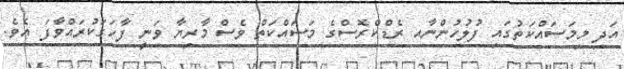
އަދި މިމަސައްކަތުގައި ފުލުހުންނާއ ރެޑްކްރޮސްގެ މަސައްކަތް ވެސް މާރިޔާ ވަނީ ފާހަގަކުރައްވާފަ އެވެ.